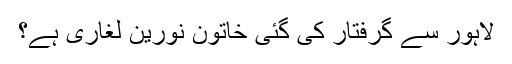
لاہور سے گرفتار کی گئی خاتون نورین لغاری ہے؟